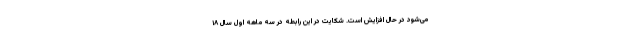
می‌شود در حال افزایش است. شکایت در این رابطه در سه ماهه اول سال ۱۸